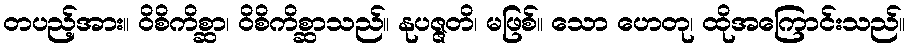
တပည့်အား။ ဝိစိကိစ္ဆာ၊ ဝိစိကိစ္ဆာသည်။ နုပဇ္ဇတိ၊ မဖြစ်။ သော ဟေတု၊ ထိုအကြောင်းသည်။